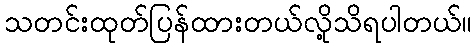
သတင်းထုတ်ပြန်ထားတယ်လို့သိရပါတယ်။